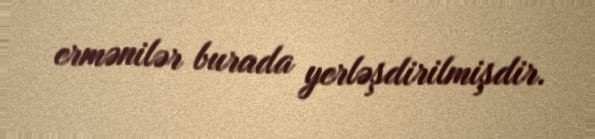
ermənilər burada yerləşdirilmişdir.